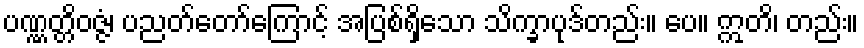
ပဏ္ဏတ္တိဝဇ္ဇံ၊ ပညတ်တော်ကြောင့် အပြစ်ရှိသော သိက္ခာပုဒ်တည်း။ ပေ။ ဣတိ၊ တည်း။